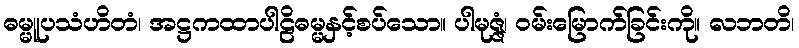
ဓမ္မူပသံဟိတံ၊ အဋ္ဌကထာပါဠိဓမ္မနှင့်စပ်သော။ ပါမုဇ္ဇံ၊ ဝမ်းမြောက်ခြင်းကို။ လဘတိ၊